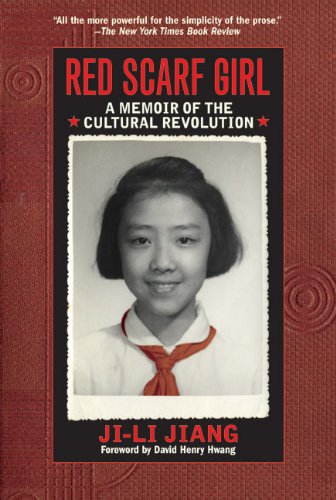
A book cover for Red Scarf Girl: A Memoir of the Cultural Revolution; Ji-li Jiang; Children's Books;